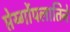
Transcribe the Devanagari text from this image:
प्तेर्य्गोपलातिने